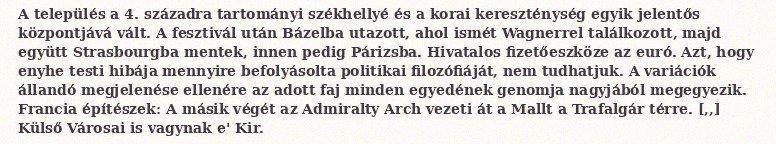
A település a 4. századra tartományi székhellyé és a korai kereszténység egyik jelentős központjává vált. A fesztivál után Bázelba utazott, ahol ismét Wagnerrel találkozott, majd együtt Strasbourgba mentek, innen pedig Párizsba. Hivatalos fizetőeszköze az euró. Azt, hogy enyhe testi hibája mennyire befolyásolta politikai filozófiáját, nem tudhatjuk. A variációk állandó megjelenése ellenére az adott faj minden egyedének genomja nagyjából megegyezik. Francia építészek: A másik végét az Admiralty Arch vezeti át a Mallt a Trafalgár térre. [,,] Külső Városai is vagynak e' Kir.